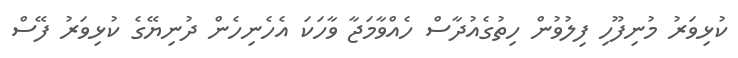
ކުޅިވަރު މުނިފޫހި ފިލުވުން ހިތުގެއުދާސް ހެއްވާމަޖާ ވާހަކަ އެހެނިހެން ދުނިޔޭގެ ކުޅިވަރު ފޭސް